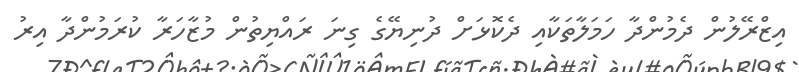
އިޒްރޭލުން ދެމުންދާ ހަމަލާތަކާއި ދެކޮޅަށް ދުނިޔޭގެ ގިނަ ރައްޔިތުން މުޒާހަރާ ކުރަމުންދާ އިރު